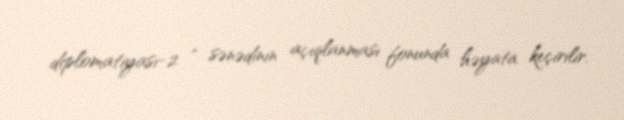
diplomatiyası-2 ” sənədinin açıqlanması fonunda həyata keçirilir.